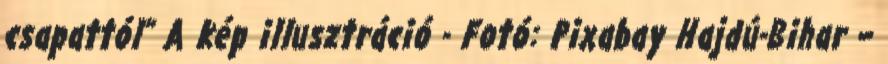
csapattól” A kép illusztráció - Fotó: Pixabay Hajdú-Bihar –